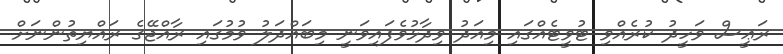
ރަޢީސް ވަހީދު ކުރެއްވި ޓުވީޓެއްގައި މިއަދު ވިދާޅުވެފައިވަނީ މިބައްދަލު ވުމުގައި ރާއްޖޭގެ ރައްޔިތުންނަށް